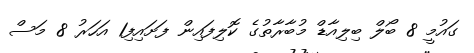
ގައުމީ 8 ބޯލް ބިލިއާޑް މުބާރާތުގެ ކޮލިފައިން ފަށައިފި1 އަހަރު 8 މަސް